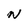
Character: n